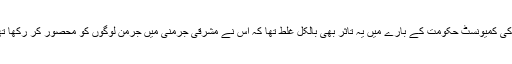
حقائق کچھ اور ہی منظرکشی کرتے ہیں‘ دیوارِ برلن کے حوالے سے مشرقی جرمنی کی کمیونسٹ حکومت کے بارے میں یہ تاثر بھی بالکل غلط تھا کہ اس نے مشرقی جرمنی میں جرمن لوگوں کو محصور کر رکھا تھا اور ان کے آزادنہ نقل و حمل پر کمیونسٹ حکومت نے کڑی پابندی لگا رکھی تھی۔